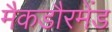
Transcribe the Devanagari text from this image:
मैकडौरमेंड